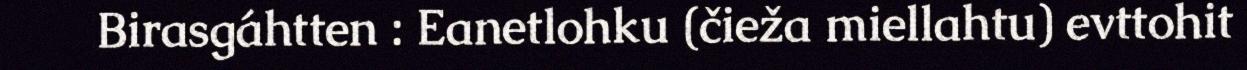
Birasgáhtten : Eanetlohku (čieža miellahtu) evttohit